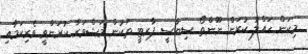
މިކަން ހައްލު ކުރަން ނޫންތޯ ސިޔާސީ ޕާރޓީ ތަކުން މަޝްވަރާ ކުރަންވީ ވެރިކަމާއި